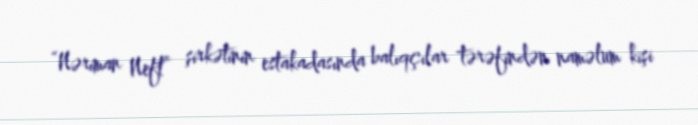
“Nəriman Neft” şirkətinin estakadasında balıqçılar tərəfindən naməlum kişi